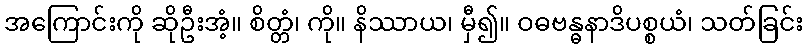
အကြောင်းကို ဆိုဦးအံ့။ စိတ္တံ၊ ကို။ နိဿာယ၊ မှီ၍။ ဝဓဗန္ဓနာဒိပစ္စယံ၊ သတ်ခြင်း